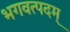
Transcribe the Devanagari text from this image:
भगवत्पदम्